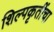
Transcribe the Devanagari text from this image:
शिल्पकृतींचा